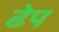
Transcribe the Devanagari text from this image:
ढेप